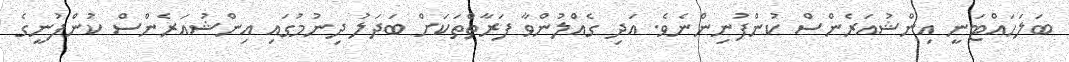
ބަލަހައްޓަނީ އިންޝުއަރެންސް ކުންފުނިންނެވެ. އަދި ގެއްލުންވާ ފަރާތްތަކަށް ބަދަލު ދިނުމުގައި އިންޝުއަރެންސް ކުންފުނީގެ